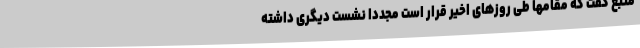
منبع گفت که مقامها طی روزهای اخیر قرار است مجددا نشست دیگری داشته